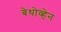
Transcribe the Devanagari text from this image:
बेथोव्हेन